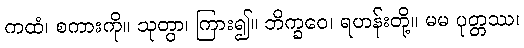
ကထံ၊ စကားကို။ သုတွာ၊ ကြား၍။ ဘိက္ခဝေ၊ ရဟန်းတို့။ မမ ပုတ္တဿ၊